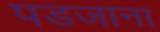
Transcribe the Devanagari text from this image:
पडजाना